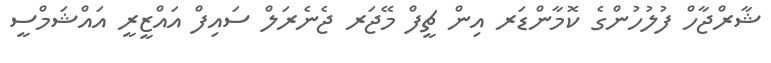
ޝާރްޖާހް ފުލުހުންގެ ކޮމާންޑަރ އިން ޗީފް މޭޖަރ ޖެނެރަލް ސައިފް އައްޒީރީ އައްޝަމްސީ